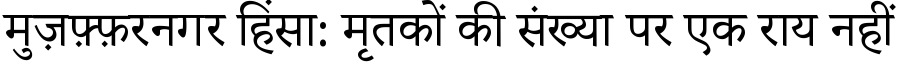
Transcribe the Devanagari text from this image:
मुज़फ़्फ़रनगर हिंसा: मृतकों की संख्या पर एक राय नहीं